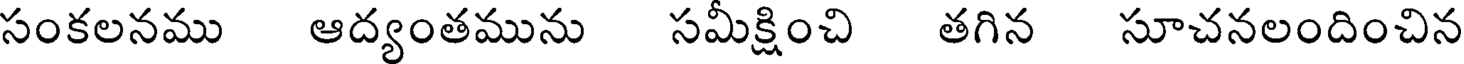
సంకలనము ఆద్యంతమును సమీక్షించి తగిన సూచనలందించిన